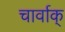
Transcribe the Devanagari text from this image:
चार्वाक्